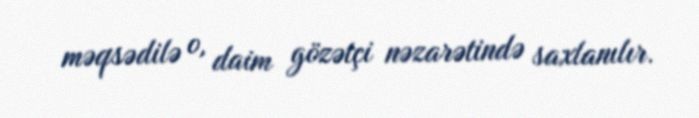
məqsədilə o, daim gözətçi nəzarətində saxlanılır.